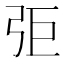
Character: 弡